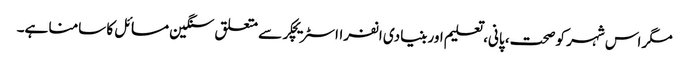
مگر اس شہر کو صحت، پانی، تعلیم اور بنیادی انفرااسٹریچکر سے متعلق سنگین مسائل کا سامنا ہے۔